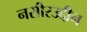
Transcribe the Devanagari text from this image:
नसीरउद्दीन